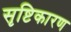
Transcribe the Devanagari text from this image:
सृष्टिकारण